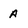
Character: A